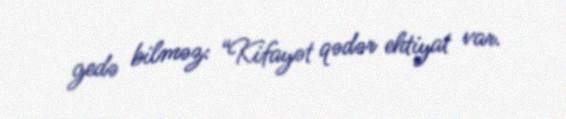
gedə bilməz: “Kifayət qədər ehtiyat var.